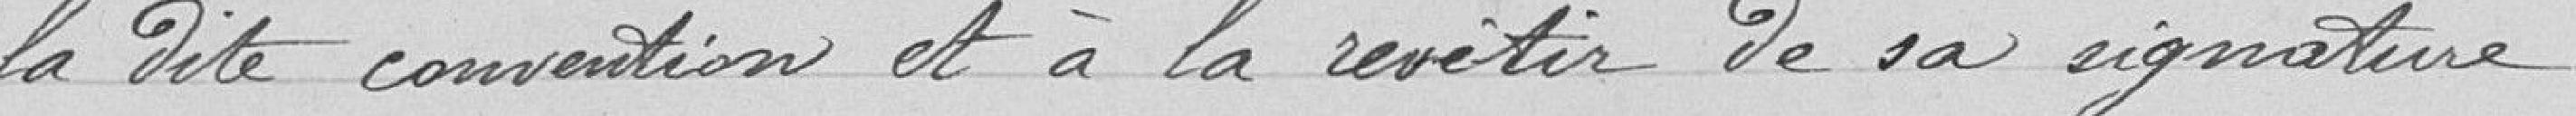
la dite convention et à la revêtir de sa signature.